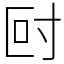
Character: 尀